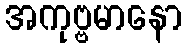
အကုဗ္ဗမာနော